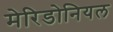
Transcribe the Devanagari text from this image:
मेरिडोनियल